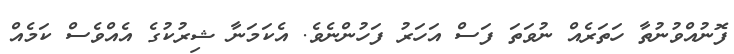
ފޮނުއްވުނުތާ ހަތަރެއް ނުވަތަ ފަސް އަހަރު ފަހުންނެވެ. އެކަމަނާ ޝިރުކުގެ އެއްވެސް ކަމެއް